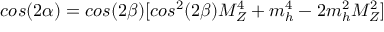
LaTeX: c o s ( 2 \alpha ) = c o s ( 2 \beta ) [ c o s ^ { 2 } ( 2 \beta ) M _ { Z } ^ { 4 } + m _ { h } ^ { 4 } - 2 m _ { h } ^ { 2 } M _ { Z } ^ { 2 } ]